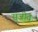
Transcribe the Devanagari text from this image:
सृजीत